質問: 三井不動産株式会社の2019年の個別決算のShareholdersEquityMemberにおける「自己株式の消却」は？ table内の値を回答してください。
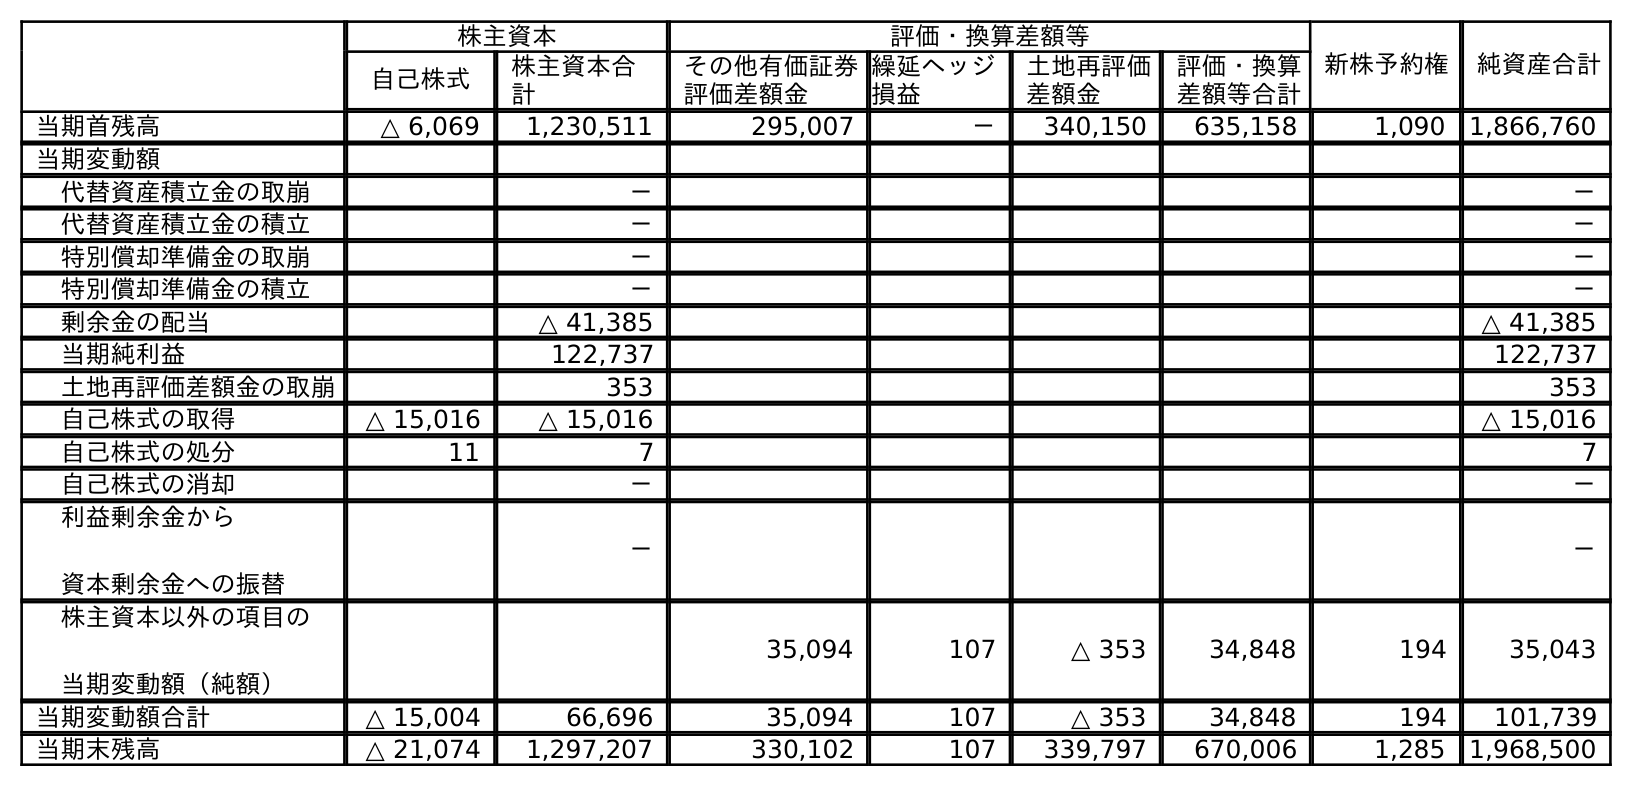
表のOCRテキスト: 株主資本 評価・換算差額等 新株予約権 純資産合計 自己株式 株主資本合 計 その他有価証券 評価差額金 繰延ヘッジ 損益 土地再評価 差額金 評価・換算 差額等合計 当期首残高 △ 6,069 1,230,511 295,007 － 340,150 635,158 1,090 1,866,760 当期変動額 代替資産積立金の取崩 － － 代替資産積立金の積立 － － 特別償却準備金の取崩 － － 特別償却準備金の積立 － － 剰余金の配当 △ 41,385 △ 41,385 当期純利益 122,737 122,737 土地再評価差額金の取崩 353 353 自己株式の取得 △ 15,016 △ 15,016 △ 15,016 自己株式の処分 11 7 7 自己株式の消却 － － 利益剰余金から 資本剰余金への振替 － － 株主資本以外の項目の 当期変動額（純額） 35,094 107 △ 353 34,848 194 35,043 当期変動額合計 △ 15,004 66,696 35,094 107 △ 353 34,848 194 101,739 当期末残高 △ 21,074 1,297,207 330,102 107 339,797 670,006 1,285 1,968,500
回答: －